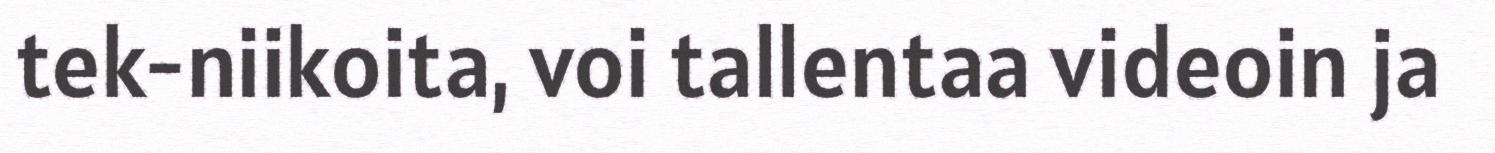
tek-niikoita, voi tallentaa videoin ja